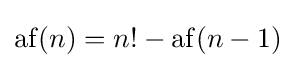
\operatorname {af} (n)=n!-\operatorname {af} (n-1)